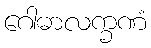
ဂေါဓာလက္ခဏံ